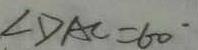
\angle D A C = 6 0 ^ { \circ }